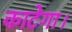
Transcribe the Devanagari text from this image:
काटेगा।